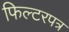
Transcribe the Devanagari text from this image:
फिल्टरपत्र